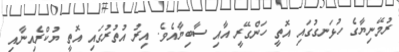
ރުމޭނިޔާގެ ހުޅަނގުގައި އޮތީ ހަންގޭރީ އާއި ސާބިޔާއެވެ. އިރު އުތުރުގައި އޮތީ ޔުކްރެއިނާއި